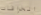
الخرافات